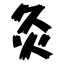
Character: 灸